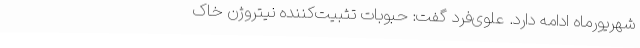
شهریورماه ادامه دارد. علوی‌فرد گفت: حبوبات تثبیت‌کننده نیتروژن خاک